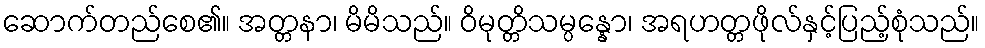
ဆောက်တည်စေ၏။ အတ္တနာ၊ မိမိသည်။ ဝိမုတ္တိသမ္ပန္နော၊ အရဟတ္တဖိုလ်နှင့်ပြည့်စုံသည်။